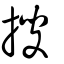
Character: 搜